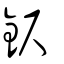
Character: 鈬